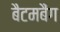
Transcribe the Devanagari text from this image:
बैटमबैंग